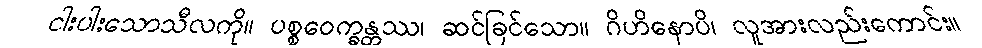
ငါးပါးသောသီလကို။ ပစ္စဝေက္ခန္တဿ၊ ဆင်ခြင်သော။ ဂိဟိနောပိ၊ လူအားလည်းကောင်း။